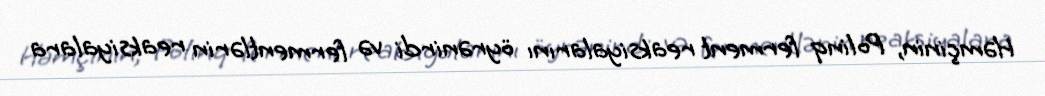
Həmçinin, Polinq ferment reaksiyalarını öyrənirdi və fermentlərin reaksiyalara